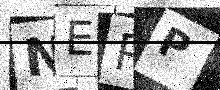
Text: NEPP